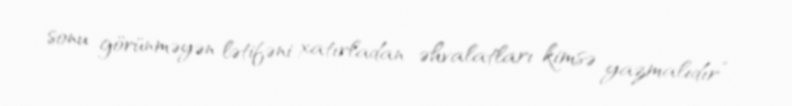
sonu görünməyən lətifəni xatırladan əhvalatları kimsə yazmalıdır”.